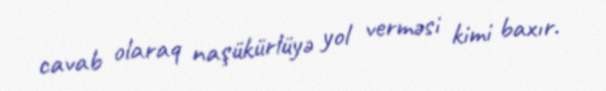
cavab olaraq naşükürlüyə yol verməsi kimi baxır.